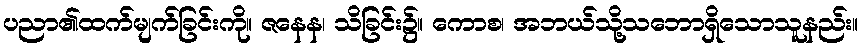
ပညာ၏ထက်မျက်ခြင်းကို။ ဇနေန၊ သိခြင်း၌။ ကောစ၊ အဘယ်သို့သဘောရှိသောသူနည်း။